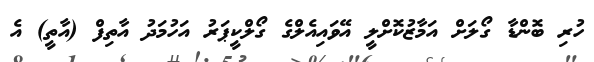
ހުރި ބޮންޑާ ގޯލަށް އަމާޒުކޮށްލީ އޭވައިއެލްގެ ގޯލްކީޕަރު އަހުމަދު އާތިފް (އާތީ) އެ